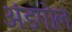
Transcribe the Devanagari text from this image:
अंडगोल